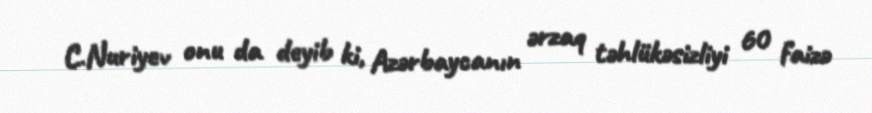
C.Nuriyev onu da deyib ki, Azərbaycanın ərzaq təhlükəsizliyi 60 faizə